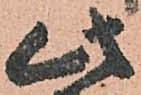
此